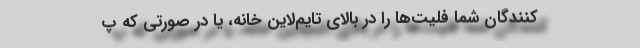
‌کنندگان شما فلیت‌ها را در بالای تایم‌لاین خانه، یا در صورتی که پ